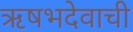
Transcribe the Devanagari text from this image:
ऋषभदेवाची